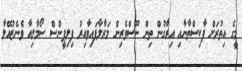
މީގެ އިތުރަށް ޕާކިސްތާނާއި އިރާގުން ތިން ނޫސްވެރިން މަރާލާފައިވާއިރު ފިލިޕީންސް ސޯމާލިއާ ވެނެޒުއޭލާ